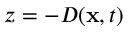
z = - D ( \mathbf { x } , t )